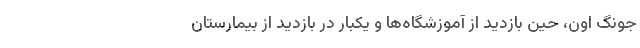
جونگ اون، حین بازدید از آموزشگاه‌ها و یکبار در بازدید از بیمارستان